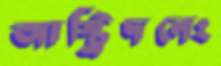
আস্ট্রিদনেং